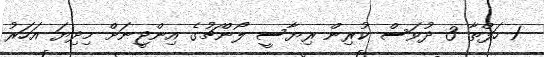
1 ހަފްތާ 3 ދުވަސް ކުރިން ރިޔާސީ ލޯންޗުގެ އިންޖީނަށް މިދިޔަ އަހަރު